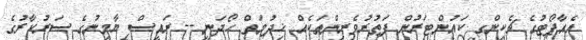
އެއާޕޯޓުގެ ޗެކިންގ ކައުންޓަރުން ފަތުރުވެރިންތަކެއް ޚިދުމަތް ހޯދަނީ -- ރައީސް ޔާމީނުގެ ސަރުކާރުގެ